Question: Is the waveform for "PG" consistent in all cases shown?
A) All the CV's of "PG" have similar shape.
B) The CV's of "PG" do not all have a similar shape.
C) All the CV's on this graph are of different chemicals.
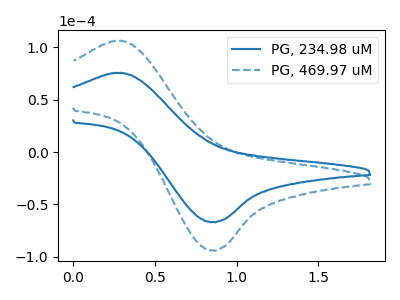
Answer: <think>The blue curve "PG, 234.98 uM" has an anodic peak at (0.30V, 75.60uA) and a cathodic peak at (0.85V, -66.80uA). The blue dashed curve "PG, 469.97 uM" has an anodic peak at (0.30V, 106.25uA) and a cathodic peak at (0.85V, -93.85uA).
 All the peaks in "PG, 234.98 uM" have a peak in "PG, 469.97 uM" at the same potential. Every peak in "PG, 234.98 uM" is lower than every peak in "PG, 469.97 uM".</think>
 <answer>A) All the CV's of "PG" have similar shape.</answer>
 <eval>A</eval>